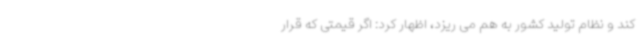
کند و نظام تولید کشور به هم می ریزد، اظهار کرد: اگر قیمتی که قرار